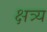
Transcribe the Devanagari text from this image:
क्षत्र्य